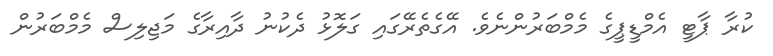
ކުރާ ޕާޓީ އެމްޑީޕީގެ މެމްބަރުންނެވެ. އޭގެތެރޭގައި ގަލޮޅު ދެކުނު ދާއިރާގެ މަޖިލިސް މެމްބަރުން